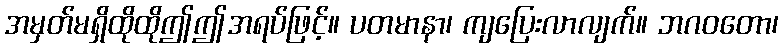
အမှတ်မရှိထိုထိုဤဤအရပ်ဖြင့်။ ပတမာနာ၊ ကျပြေးလာလျက်။ ဘဂဝတော၊